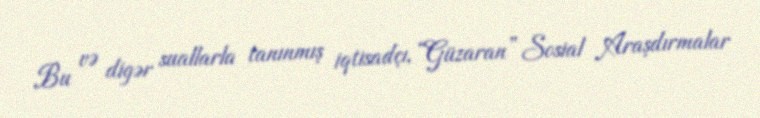
Bu və digər suallarla tanınmış iqtisadçı, “Güzaran” Sosial Araşdırmalar